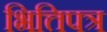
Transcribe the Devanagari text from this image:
भित्तिपत्र